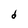
Character: d